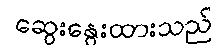
ဆွေးနွေးထားသည်